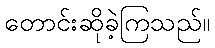
တောင်းဆိုခဲ့ကြသည်။